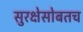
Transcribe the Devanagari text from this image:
सुरक्षेसोबतच